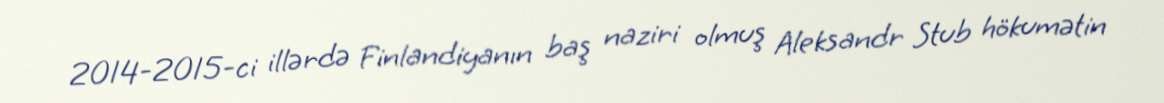
2014-2015-ci illərdə Finlandiyanın baş naziri olmuş Aleksandr Stub hökumətin